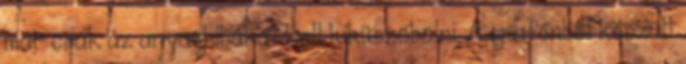
már csak az anyaghibákat kell kiküszöbölni. A grafénből készült